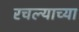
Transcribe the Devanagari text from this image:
रचल्याच्या